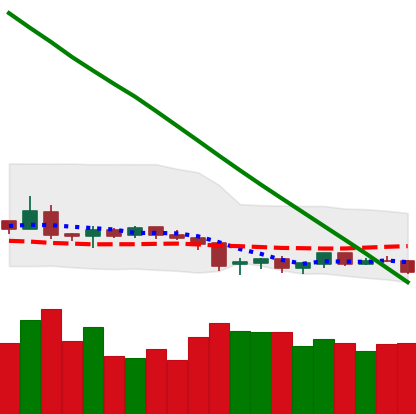
Ticker: NEO-USD
Chart end date: 2019-02-06
Forward return: 18.478%
Label: up_7plus